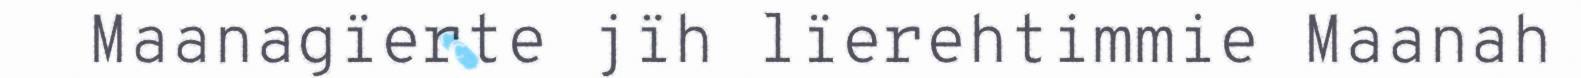
Maanagïerte jïh lïerehtimmie Maanah